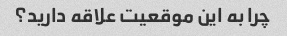
چرا به این موقعیت علاقه دارید؟